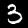
Digit: 3